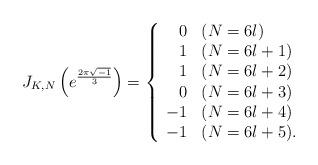
LaTeX: \begin{align*} J_{K,N}\left( e^{\frac{2\pi \sqrt{-1}}{3}} \right) = \left \{ \begin{array}{rl} 0 & (N=6l) \\ 1 & (N=6l+1) \\ 1 & (N=6l+2) \\ 0 & (N=6l+3) \\ -1 & (N=6l+4) \\ -1 & (N=6l+5). \end{array} \right. \end{align*}